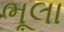
ભૂલા